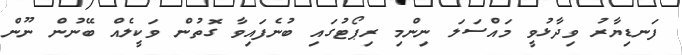
ފަނޑިޔާރު ވިދާޅުވީ މައްސަލަ ނިންމި ރިޕޯޓުގައި ބުނެފައިވާ ގޮތުން ވަކީލެއް ބޭނުން ނޫން